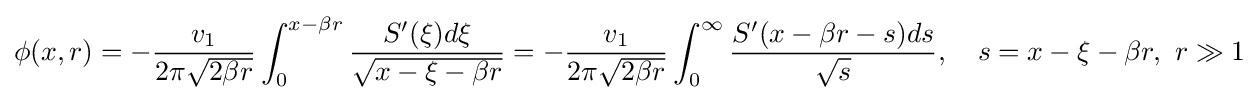
\phi (x,r)=-{\frac {v_{1}}{2\pi {\sqrt {2\beta r}}}}\int _{0}^{x-\beta r}{\frac {S'(\xi )d\xi }{\sqrt {x-\xi -\beta r}}}=-{\frac {v_{1}}{2\pi {\sqrt {2\beta r}}}}\int _{0}^{\infty }{\frac {S'(x-\beta r-s)ds}{\sqrt {s}}},\quad s=x-\xi -\beta r,\,\,r\gg 1